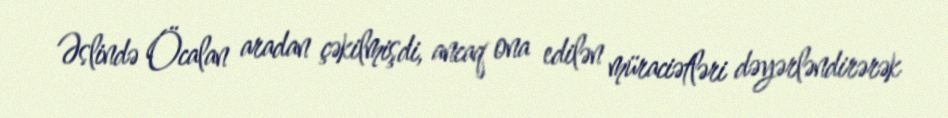
Əslində Öcalan aradan çəkilmişdi, ancaq ona edilən müraciətləri dəyərləndirərək